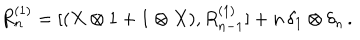
R _ { n } ^ { ( 1 ) } = [ ( X \otimes 1 + 1 \otimes X ) , R _ { n - 1 } ^ { ( 1 ) } ] + n \, \delta _ { 1 } \otimes \delta _ { n } \, .